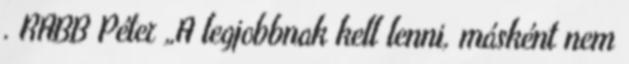
. RABB Péter „A legjobbnak kell lenni, másként nem